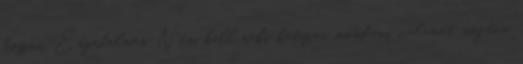
hozni. Engedelmes. Nem kell neki kétszer mondani valamit, rögtön